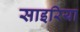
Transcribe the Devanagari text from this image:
साइरिया